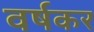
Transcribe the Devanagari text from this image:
वर्षकर